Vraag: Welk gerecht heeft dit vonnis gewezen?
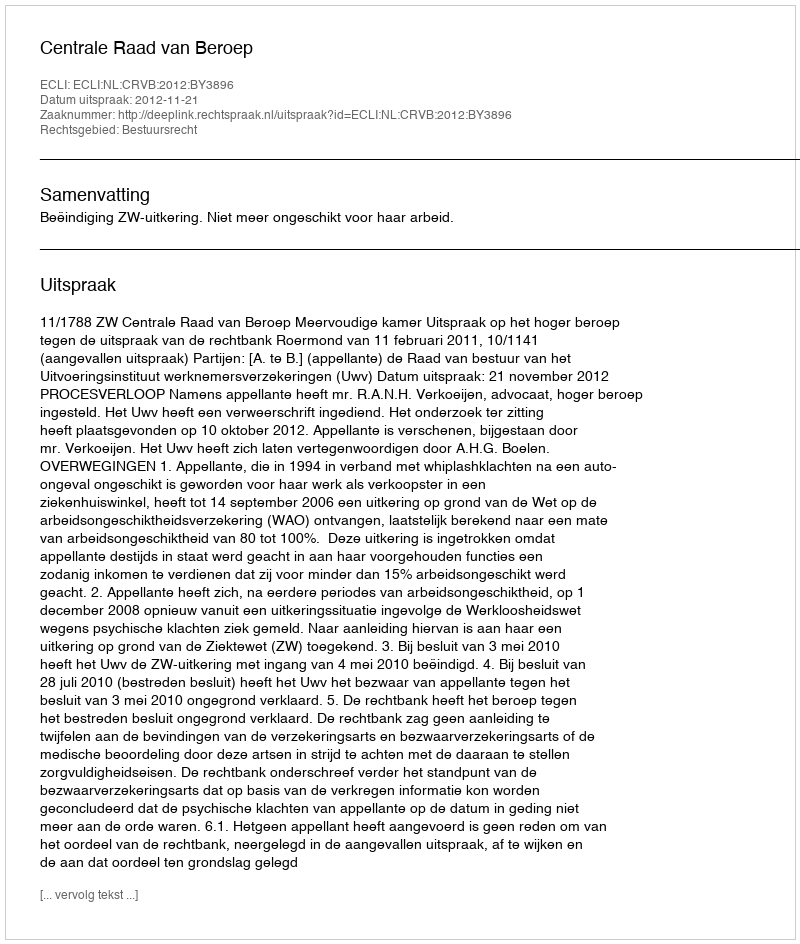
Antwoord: Centrale Raad van Beroep